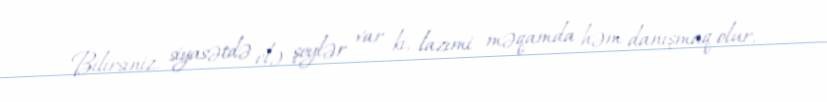
- Bilirsiniz, siyasətdə elə şeylər var ki, lazımi məqamda həm danışmaq olur,